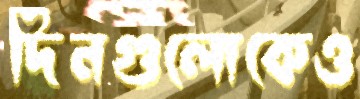
দিনগুলোকেও